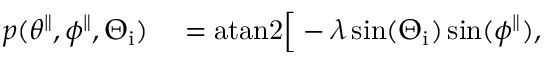
\begin{array} { r l } { p ( \theta ^ { \parallel } , \phi ^ { \parallel } , \Theta _ { \mathrm { i } } ) } & { { } = \mathrm { a t a n 2 } \Big [ - \lambda \sin ( \Theta _ { \mathrm { i } } ) \sin ( \phi ^ { \parallel } ) , } \end{array}